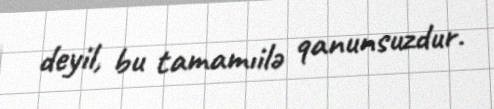
deyil, bu tamamıilə qanunsuzdur.